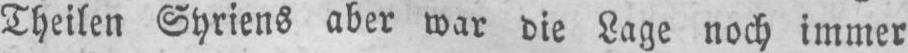
Theilen Syriens aber war die Lage noch immer